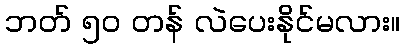
ဘတ် ၅၀ တန် လဲပေးနိုင်မလား။